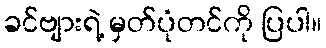
ခင်ဗျားရဲ့ မှတ်ပုံတင်ကို ပြပါ။